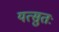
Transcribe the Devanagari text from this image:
यत्सुतः